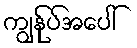
ကျွန်ုပ်အပေါ်